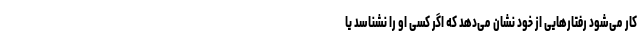
کار می‌شود رفتارهایی از خود نشان‌ می‌دهد که اگر کسی او را نشناسد یا